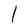
Character: l